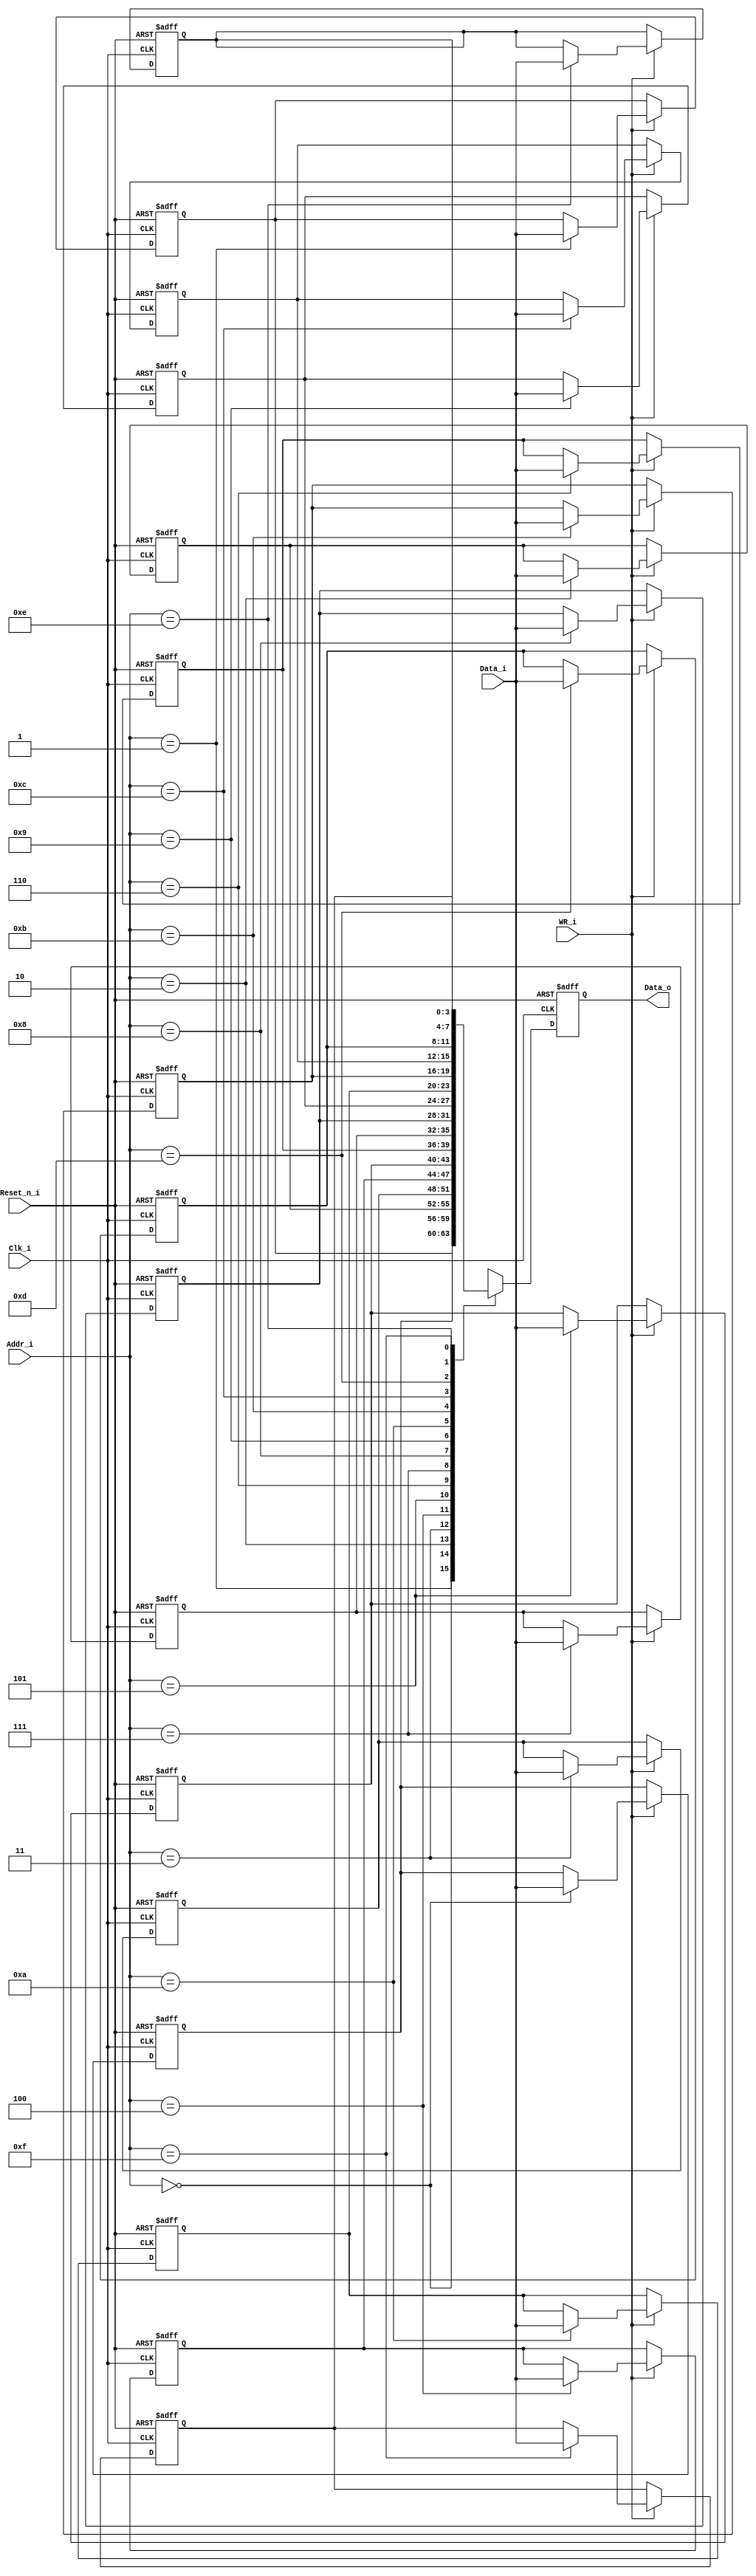

module MyMem #(
  parameter AddrWidth = 4,
  parameter DataWidth = 4) (
  (* gentb_constant = 1 *)
  input                  Reset_n_i,
  input                  Clk_i,
  input  [AddrWidth-1:0] Addr_i,
  input  [DataWidth-1:0] Data_i,
  output reg [DataWidth-1:0] Data_o,
  input                  WR_i);

  localparam Size = 2**AddrWidth;

  (* mem2reg *)
  reg [DataWidth-1:0] Mem[Size-1:0];

  integer i;

  always @(negedge Reset_n_i or posedge Clk_i)
  begin
    if (!Reset_n_i)
    begin
      Data_o <= 'bx;
      for (i=0; i<Size; i=i+1)
      begin
        Mem[i] <= 0;
      end
    end
    else
    begin
      Data_o <= Mem[Addr_i];
      if (WR_i)
      begin
        Mem[Addr_i] <= Data_i;
      end
    end
  end

endmodule